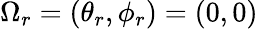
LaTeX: \Omega_{r}=(\theta_{r},\phi_{r})=(0,0)